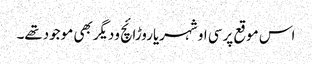
اس موقع پرسی او شہریاروڑائچ ودیگربھی موجودتھے۔